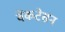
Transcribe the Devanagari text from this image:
वेंकटेसन